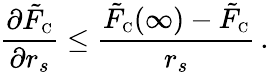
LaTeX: \frac{\partial\tilde{F}_{\scriptscriptstyle\mathrm{C}}}{\partial r_{s}}\leq\frac{\tilde{F}_{\scriptscriptstyle\mathrm{C}}(\infty)-\tilde{F}_{\scriptscriptstyle\mathrm{C}}}{r_{s}}\, .